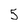
Character: 5